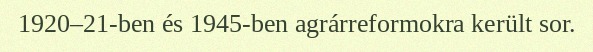
1920–21-ben és 1945-ben agrárreformokra került sor.